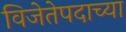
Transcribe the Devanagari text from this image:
विजेतेपदाच्या